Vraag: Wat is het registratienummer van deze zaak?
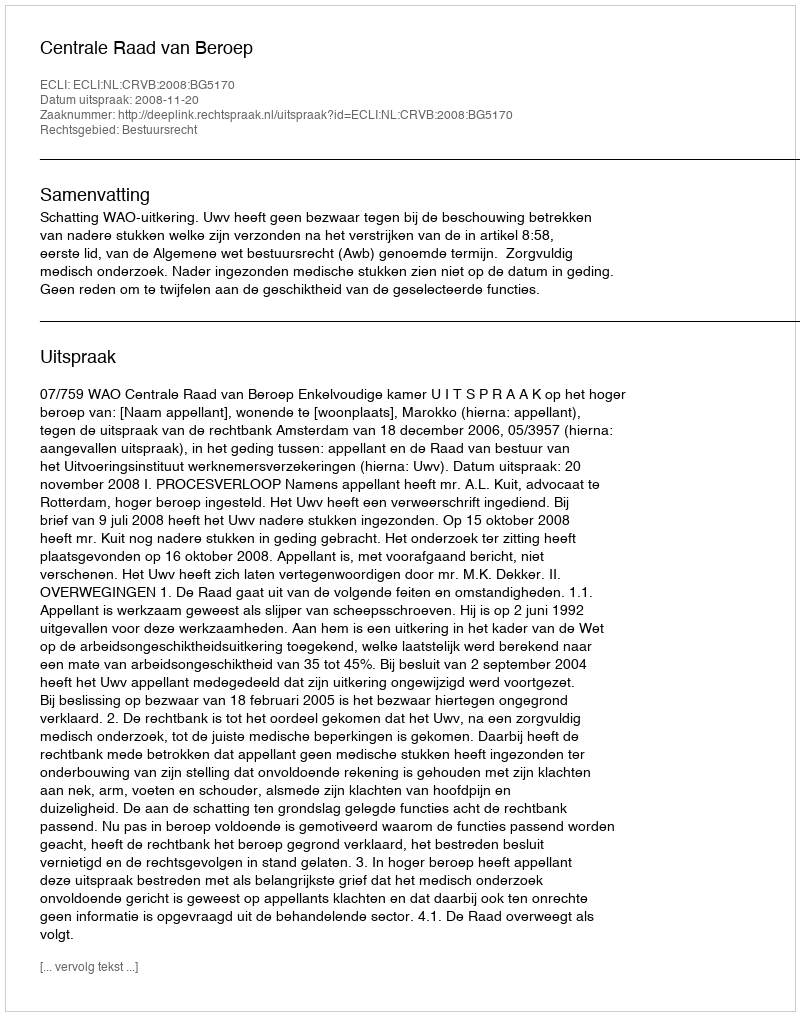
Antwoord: http://deeplink.rechtspraak.nl/uitspraak?id=ECLI:NL:CRVB:2008:BG5170